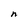
Character: n